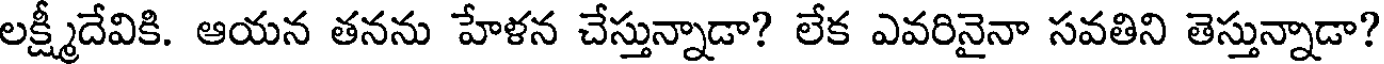
లక్ష్మీదేవికి. ఆయన తనను హేళన చేస్తున్నాడా? లేక ఎవరినైనా సవతిని తెస్తున్నాడా?